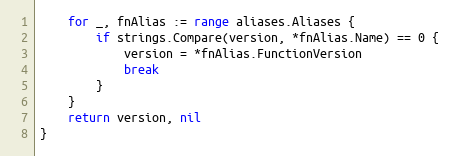
Language: Go
	for _, fnAlias := range aliases.Aliases {
		if strings.Compare(version, *fnAlias.Name) == 0 {
			version = *fnAlias.FunctionVersion
			break
		}
	}
	return version, nil
}